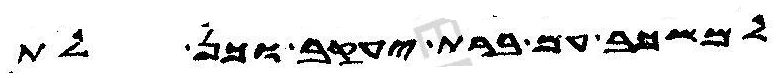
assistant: למשכב עם ברת יעקב וכן לת